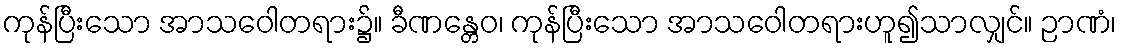
ကုန်ပြီးသော အာသဝေါတရား၌။ ခီဏန္တေဝ၊ ကုန်ပြီးသော အာသဝေါတရားဟူ၍သာလျှင်။ ဉာဏံ၊